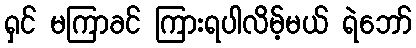
ရှင် မကြာခင် ကြားရပါလိမ့်မယ် ရဲဘော်